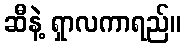
ဆီနဲ့ ရှာလကာရည်။